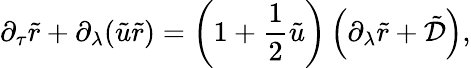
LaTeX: \partial_{\tau}\tilde{r}+\partial_{\lambda}(\tilde{u}\tilde{r})=\left(1+\frac{1}{2}\tilde{u}\right)\left(\partial_{\lambda}\tilde{r}+\tilde{\mathcal{D}}\right),